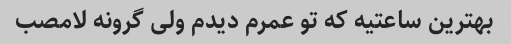
بهترین ساعتیه که تو عمرم دیدم ولی گرونه لامصب